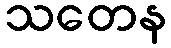
သတေန